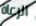
الرعاة